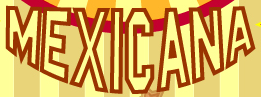
MEXICANA